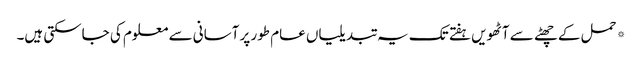
*حمل کے چھٹے سے آٹھویں ہفتے تک یہ تبدیلیاں عام طور پر آسانی سے معلوم کی جاسکتی ہیں۔